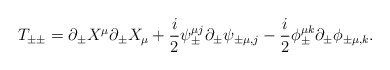
\begin{align*}T_{\pm\pm}=\partial_{\pm}X^{\mu}\partial_{\pm}X_{\mu}+\frac{i}{ 2}{\psi}^{\mu j}_{\pm}\partial_{\pm} \psi_{\pm\mu,j }- \frac{i}{2}{\phi}_{\pm}^{\mu k}\partial_{\pm}\phi_{\pm\mu,k}.\end{align*}